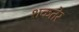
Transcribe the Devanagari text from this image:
शकतेर